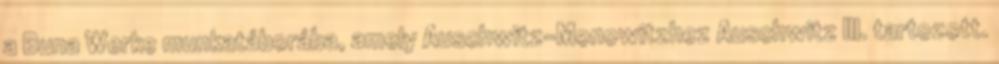
a Buna Werke munkatáborába, amely Auschwitz-Monowitzhez Auschwitz III. tartozott.